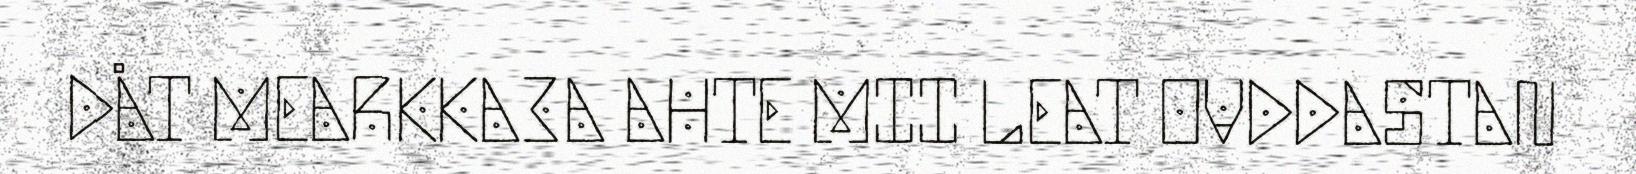
DÅT MEARKKA3A AHTE MII LEAT OVDDASTAN